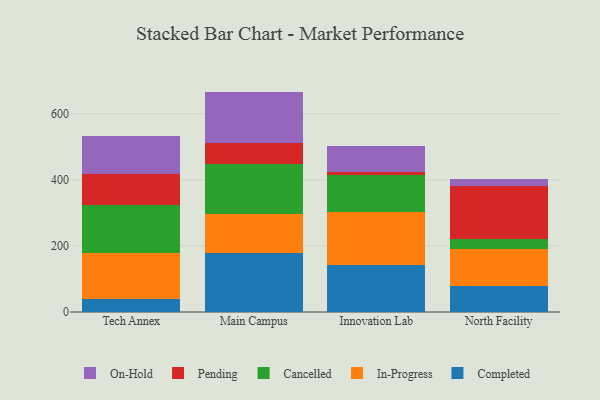
{"axis": {"x": "Campus", "y": "Active Users"}, "legend": ["Cancelled", "Completed", "In-Progress", "On-Hold", "Pending"], "data": [{"x": "Tech Annex", "y": 39.8, "type": "Completed"}, {"x": "Tech Annex", "y": 138.6, "type": "In-Progress"}, {"x": "Tech Annex", "y": 144.9, "type": "Cancelled"}, {"x": "Tech Annex", "y": 94.4, "type": "Pending"}, {"x": "Tech Annex", "y": 114.2, "type": "On-Hold"}, {"x": "Main Campus", "y": 178.0, "type": "Completed"}, {"x": "Main Campus", "y": 118.5, "type": "In-Progress"}, {"x": "Main Campus", "y": 151.3, "type": "Cancelled"}, {"x": "Main Campus", "y": 62.8, "type": "Pending"}, {"x": "Main Campus", "y": 156.7, "type": "On-Hold"}, {"x": "Innovation Lab", "y": 142.2, "type": "Completed"}, {"x": "Innovation Lab", "y": 159.2, "type": "In-Progress"}, {"x": "Innovation Lab", "y": 114.0, "type": "Cancelled"}, {"x": "Innovation Lab", "y": 7.3, "type": "Pending"}, {"x": "Innovation Lab", "y": 81.3, "type": "On-Hold"}, {"x": "North Facility", "y": 79.3, "type": "Completed"}, {"x": "North Facility", "y": 111.0, "type": "In-Progress"}, {"x": "North Facility", "y": 31.5, "type": "Cancelled"}, {"x": "North Facility", "y": 160.4, "type": "Pending"}, {"x": "North Facility", "y": 20.8, "type": "On-Hold"}]}